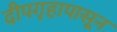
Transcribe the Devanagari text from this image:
दीपगृहापासून